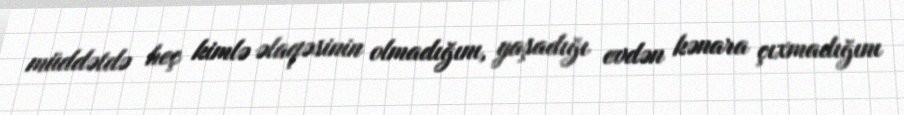
müddətdə heç kimlə əlaqəsinin olmadığını, yaşadığı evdən kənara çıxmadığını